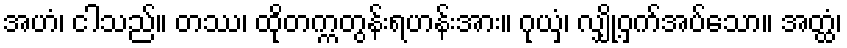
အဟံ၊ ငါသည်။ တဿ၊ ထိုတက္ကတွန်းရဟန်းအား။ ဂုယှံ၊ လျှို့ဝှက်အပ်သော။ အတ္ထံ၊